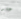
علو